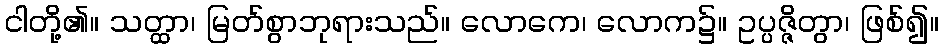
ငါတို့၏။ သတ္ထာ၊ မြတ်စွာဘုရားသည်။ လောကေ၊ လောက၌။ ဥပ္ပဇ္ဇိတွာ၊ ဖြစ်၍။